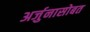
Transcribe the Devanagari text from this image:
अर्जुनासोबत